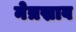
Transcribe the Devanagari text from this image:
नेत्रस्राव